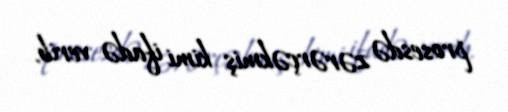
prosesdə zərərçəkmiş kimi ifadə verib.